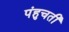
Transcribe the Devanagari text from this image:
पंहुचती